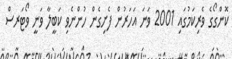
ކޮންގޯގެ ވެރިކަމުގައި 2001 ވަނަ އަހަރުން ފެށިގެން ހުންނެވި ކަބީލާ ވަނީ ވޯޓަރސް